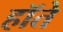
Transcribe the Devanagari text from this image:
हॉते